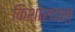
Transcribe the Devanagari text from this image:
किशोरदास